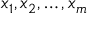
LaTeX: x _ { 1 } , x _ { 2 } , \dots , x _ { m }